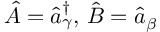
\hat { A } = \hat { a } _ { \gamma } ^ { \dagger } , \, \hat { B } = \hat { a } _ { \beta }